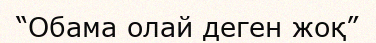
“Обама олай деген жоқ”